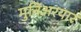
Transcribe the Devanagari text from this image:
मुनिअरयार